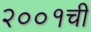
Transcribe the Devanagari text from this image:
२००१ची